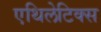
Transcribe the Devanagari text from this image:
एथिलेटिक्स